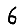
Digit: 6